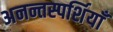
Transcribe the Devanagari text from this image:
अनन्तस्पर्शियाँ